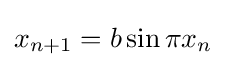
{\displaystyle x_{n+1}=b\sin \pi x_{n}}